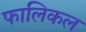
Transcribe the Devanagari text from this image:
फालिकल